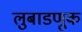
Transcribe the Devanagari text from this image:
लुबाडणूक